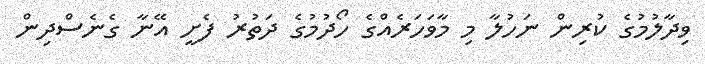
ވިދާލުމުގެ ކުރިން ނަހުލާ މި މާވަހަރެއްގެ ހޯދުމުގެ ދަތުރު ފެށީ އޭނާ ގެނެސްދިން